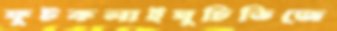
ফুটকলাইঘুচিভিজে